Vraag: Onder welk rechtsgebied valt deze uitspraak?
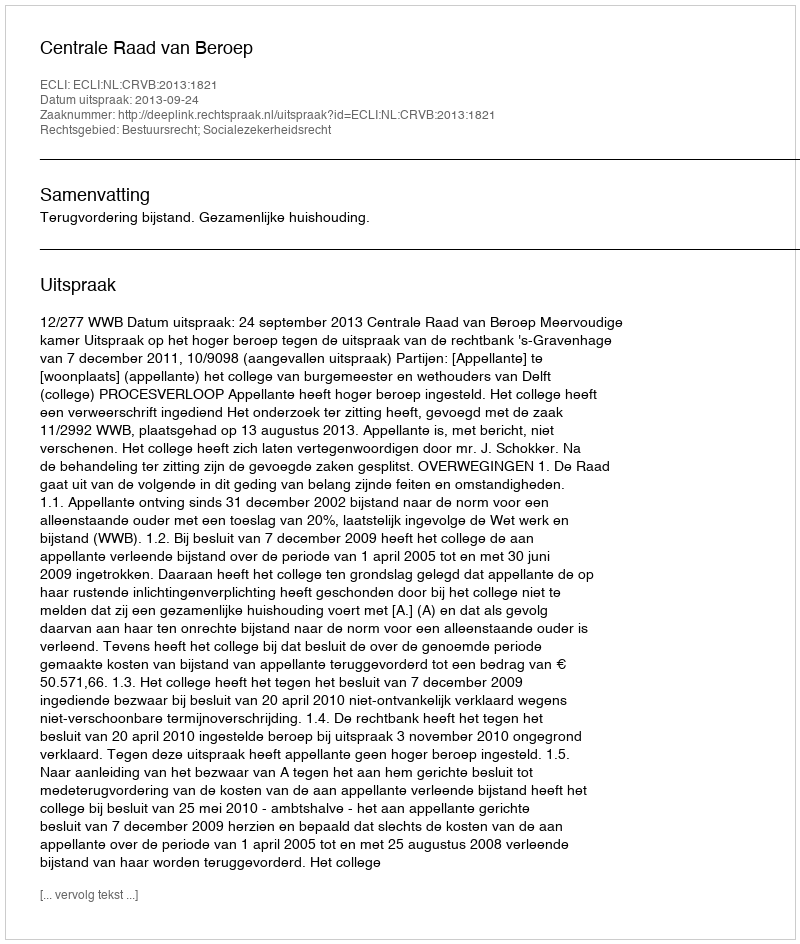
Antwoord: Bestuursrecht; Socialezekerheidsrecht